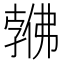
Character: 𱏎